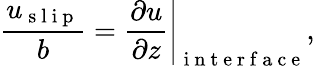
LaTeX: \frac{u_{\mathrm{~s~l~i~p~}}}{b}=\left.\frac{\partial u}{\partial z}\right|_{\mathrm{~i~n~t~e~r~f~a~c~e~}},